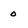
Character: 0